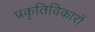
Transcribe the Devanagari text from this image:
प्रकृतिविकारों